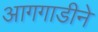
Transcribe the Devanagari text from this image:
आगगाडीने